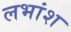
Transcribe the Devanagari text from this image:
लभांश